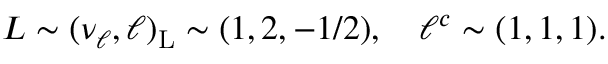
L \sim ( \nu _ { \ell } , \ell ) _ { \mathrm { L } } \sim ( 1 , 2 , - 1 / 2 ) , ~ ~ ~ \ell ^ { c } \sim ( 1 , 1 , 1 ) .